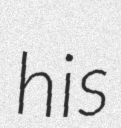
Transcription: his